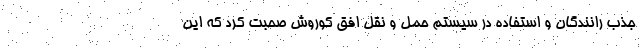
جذب رانندگان و استفاده در سیستم حمل و نقل افق کوروش صحبت کرد که این